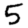
Digit: 5